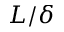
L / \delta